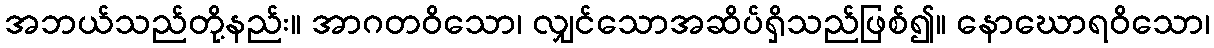
အဘယ်သည်တို့နည်း။ အာဂတဝိသော၊ လျှင်သောအဆိပ်ရှိသည်ဖြစ်၍။ နောဃောရဝိသော၊